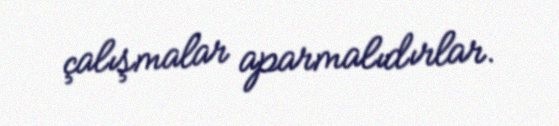
çalışmalar aparmalıdırlar.